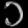
Digit: ၁